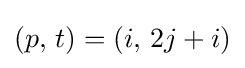
(p,\,t)=(i,\,2j+i)